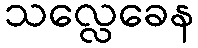
သလ္လေခေန